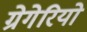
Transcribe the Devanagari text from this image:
ग्रेगेरियो